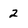
Character: 2